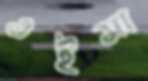
এইসা